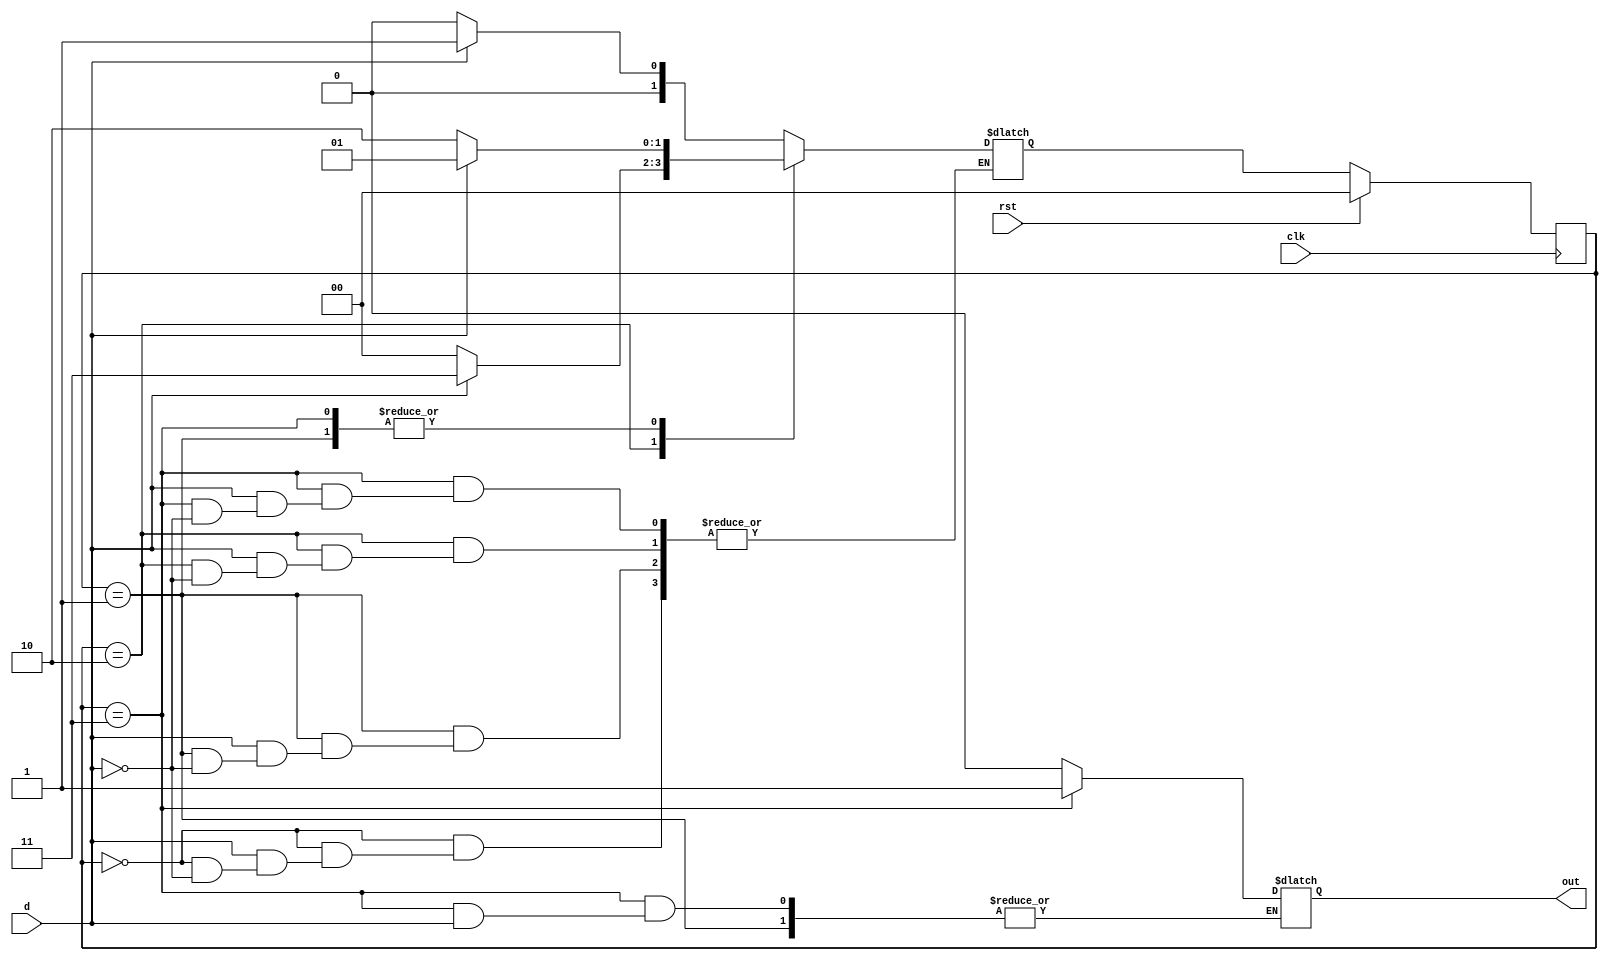
`timescale 1ns / 1ps
//////////////////////////////////////////////////////////////////////////////////
// Company: 
// Engineer: 
// 
// Design Name: 
// Module Name:    seq_detector_mealy1 
// Project Name: 
// Target Devices: 
// Tool versions: 
// Description: 
//
// Dependencies: 
//
// Revision: 
// Revision 0.01 - File Created
// Additional Comments: 
//
//////////////////////////////////////////////////////////////////////////////////
module seq_detector_mealy(
    input d,clk,rst,
    output reg out
    );
	 reg[1:0] state,next_state;
	 reg out1;
	 parameter s0=0,s1=1,s2=2,s3=3;
	 initial begin
	 state=s0;
	 next_state=s0;
	 out=0;
	 end
always@(state or d)
begin
	case(state)
		s0: begin
			out=0;
			if(d)	next_state=s1;
			if(~d) next_state=s0;
		end
		s1: begin
			if(d)	next_state=s1;
			if(~d) next_state=s2;
		end
		s2: begin
			if(d)	next_state=s3;
			if(~d) next_state=s0;
			out=0;
		end
		s3: begin
			if(d)	next_state=s1;
			if(~d) begin
			next_state=s2; 
			out=1;
			end
		end
	endcase
end

always @(posedge clk)
begin
	if(rst) begin
		state=s0;
	end	
	else begin
		state=next_state;
	end
end
//assign out=!rst & out1;
endmodule